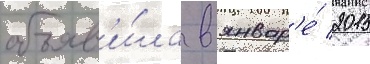
объяв'и́ла в январ'е́ 2015